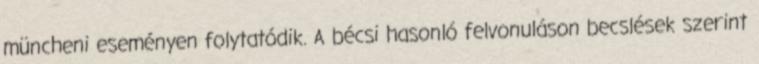
müncheni eseményen folytatódik. A bécsi hasonló felvonuláson becslések szerint